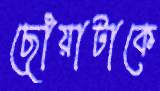
ছোঁয়াটাকে